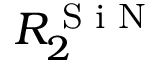
R _ { 2 } ^ { \textrm { S i N } }